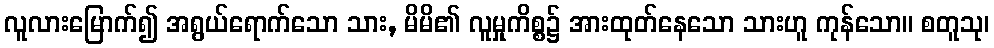
လူလားမြောက်၍ အရွယ်ရောက်သော သား, မိမိ၏ လူမှုကိစ္စ၌ အားထုတ်နေသော သားဟူ ကုန်သော။ စတူသု၊